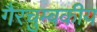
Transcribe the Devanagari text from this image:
गैरचुम्बकीय